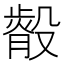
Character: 𭮿